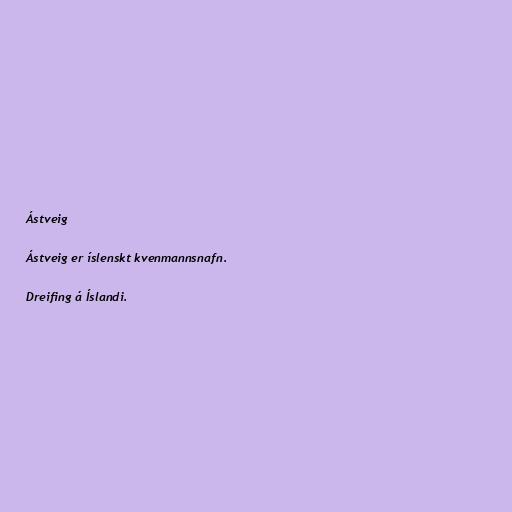
Ástveig

Ástveig er íslenskt kvenmannsnafn.

Dreifing á Íslandi.